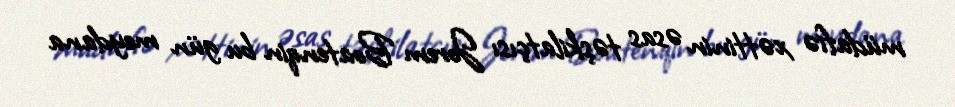
müdafiə xəttinin əsas təşkilatçısı Jorem Boatenqin bu gün meydana